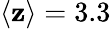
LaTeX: \langle\mathbf{z}\rangle=3.3